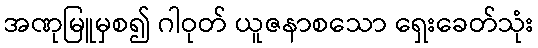
အဏုမြူမှစ၍ ဂါဝုတ် ယူဇနာစသော ရှေးခေတ်သုံး